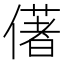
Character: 㒂